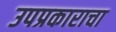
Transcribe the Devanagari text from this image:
उपप्रकाराचा